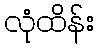
လုံထိန်း